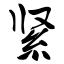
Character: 紧